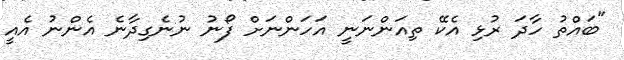
"ބައްތު ހާދަ ރުޅި އެކޭ ތިއަންނަނީ އަހަންނަށް ފޯނު ނުނެގިދާނެ އެންނު އެއީ